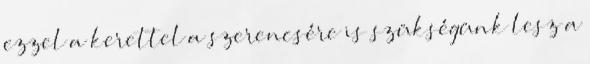
ezzel a kerettel a szerencsére is szükségünk lesz a